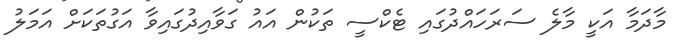
މާދަމާ އަކީ މާލެ ސަރަހައްދުގައި ޓެކްސީ ތަކުން އައު ގަވާއިދުގައިވާ އަގުތަކަށް އަމަލު